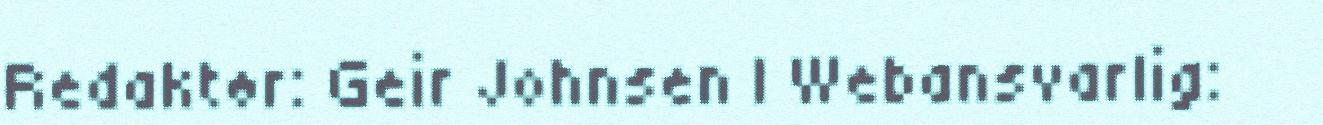
Redaktør: Geir Johnsen | Webansvarlig: